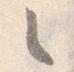
之